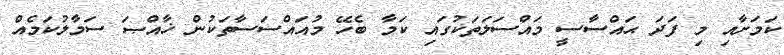
ކަމަށާއި މި ފަދަ ޙައްސާސީ މައްސަލަތަކުގައި ކަމާ ބެހޭ މުއައްސަސާތަކުން ޚާއްޞަ ސަމާލުކަމެއް